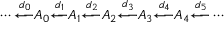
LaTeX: \cdots { \xleftarrow { d _ { 0 } } } A _ { 0 } { \xleftarrow { d _ { 1 } } } A _ { 1 } { \xleftarrow { d _ { 2 } } } A _ { 2 } { \xleftarrow { d _ { 3 } } } A _ { 3 } { \xleftarrow { d _ { 4 } } } A _ { 4 } { \xleftarrow { d _ { 5 } } } \cdots